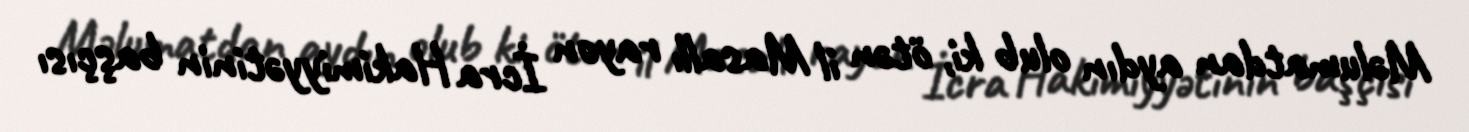
Məlumatdan aydın olub ki, ötən il Masallı rayon İcra Hakimiyyətinin başçısı